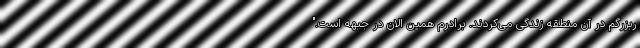
ربزرگم در آن منطقه زندگی می‌کردند. برادرم همین الان در جبهه است."